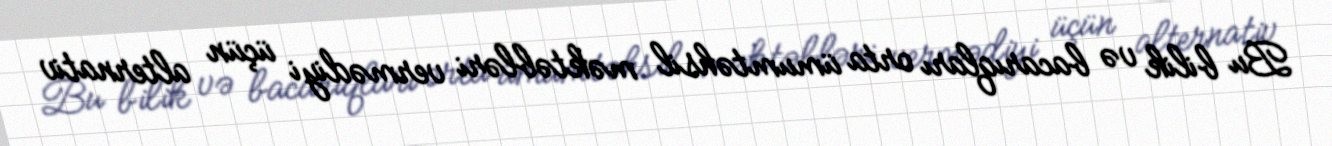
Bu bilik və bacarıqları orta ümumtəhsil məktəbləri vermədiyi üçün alternativ